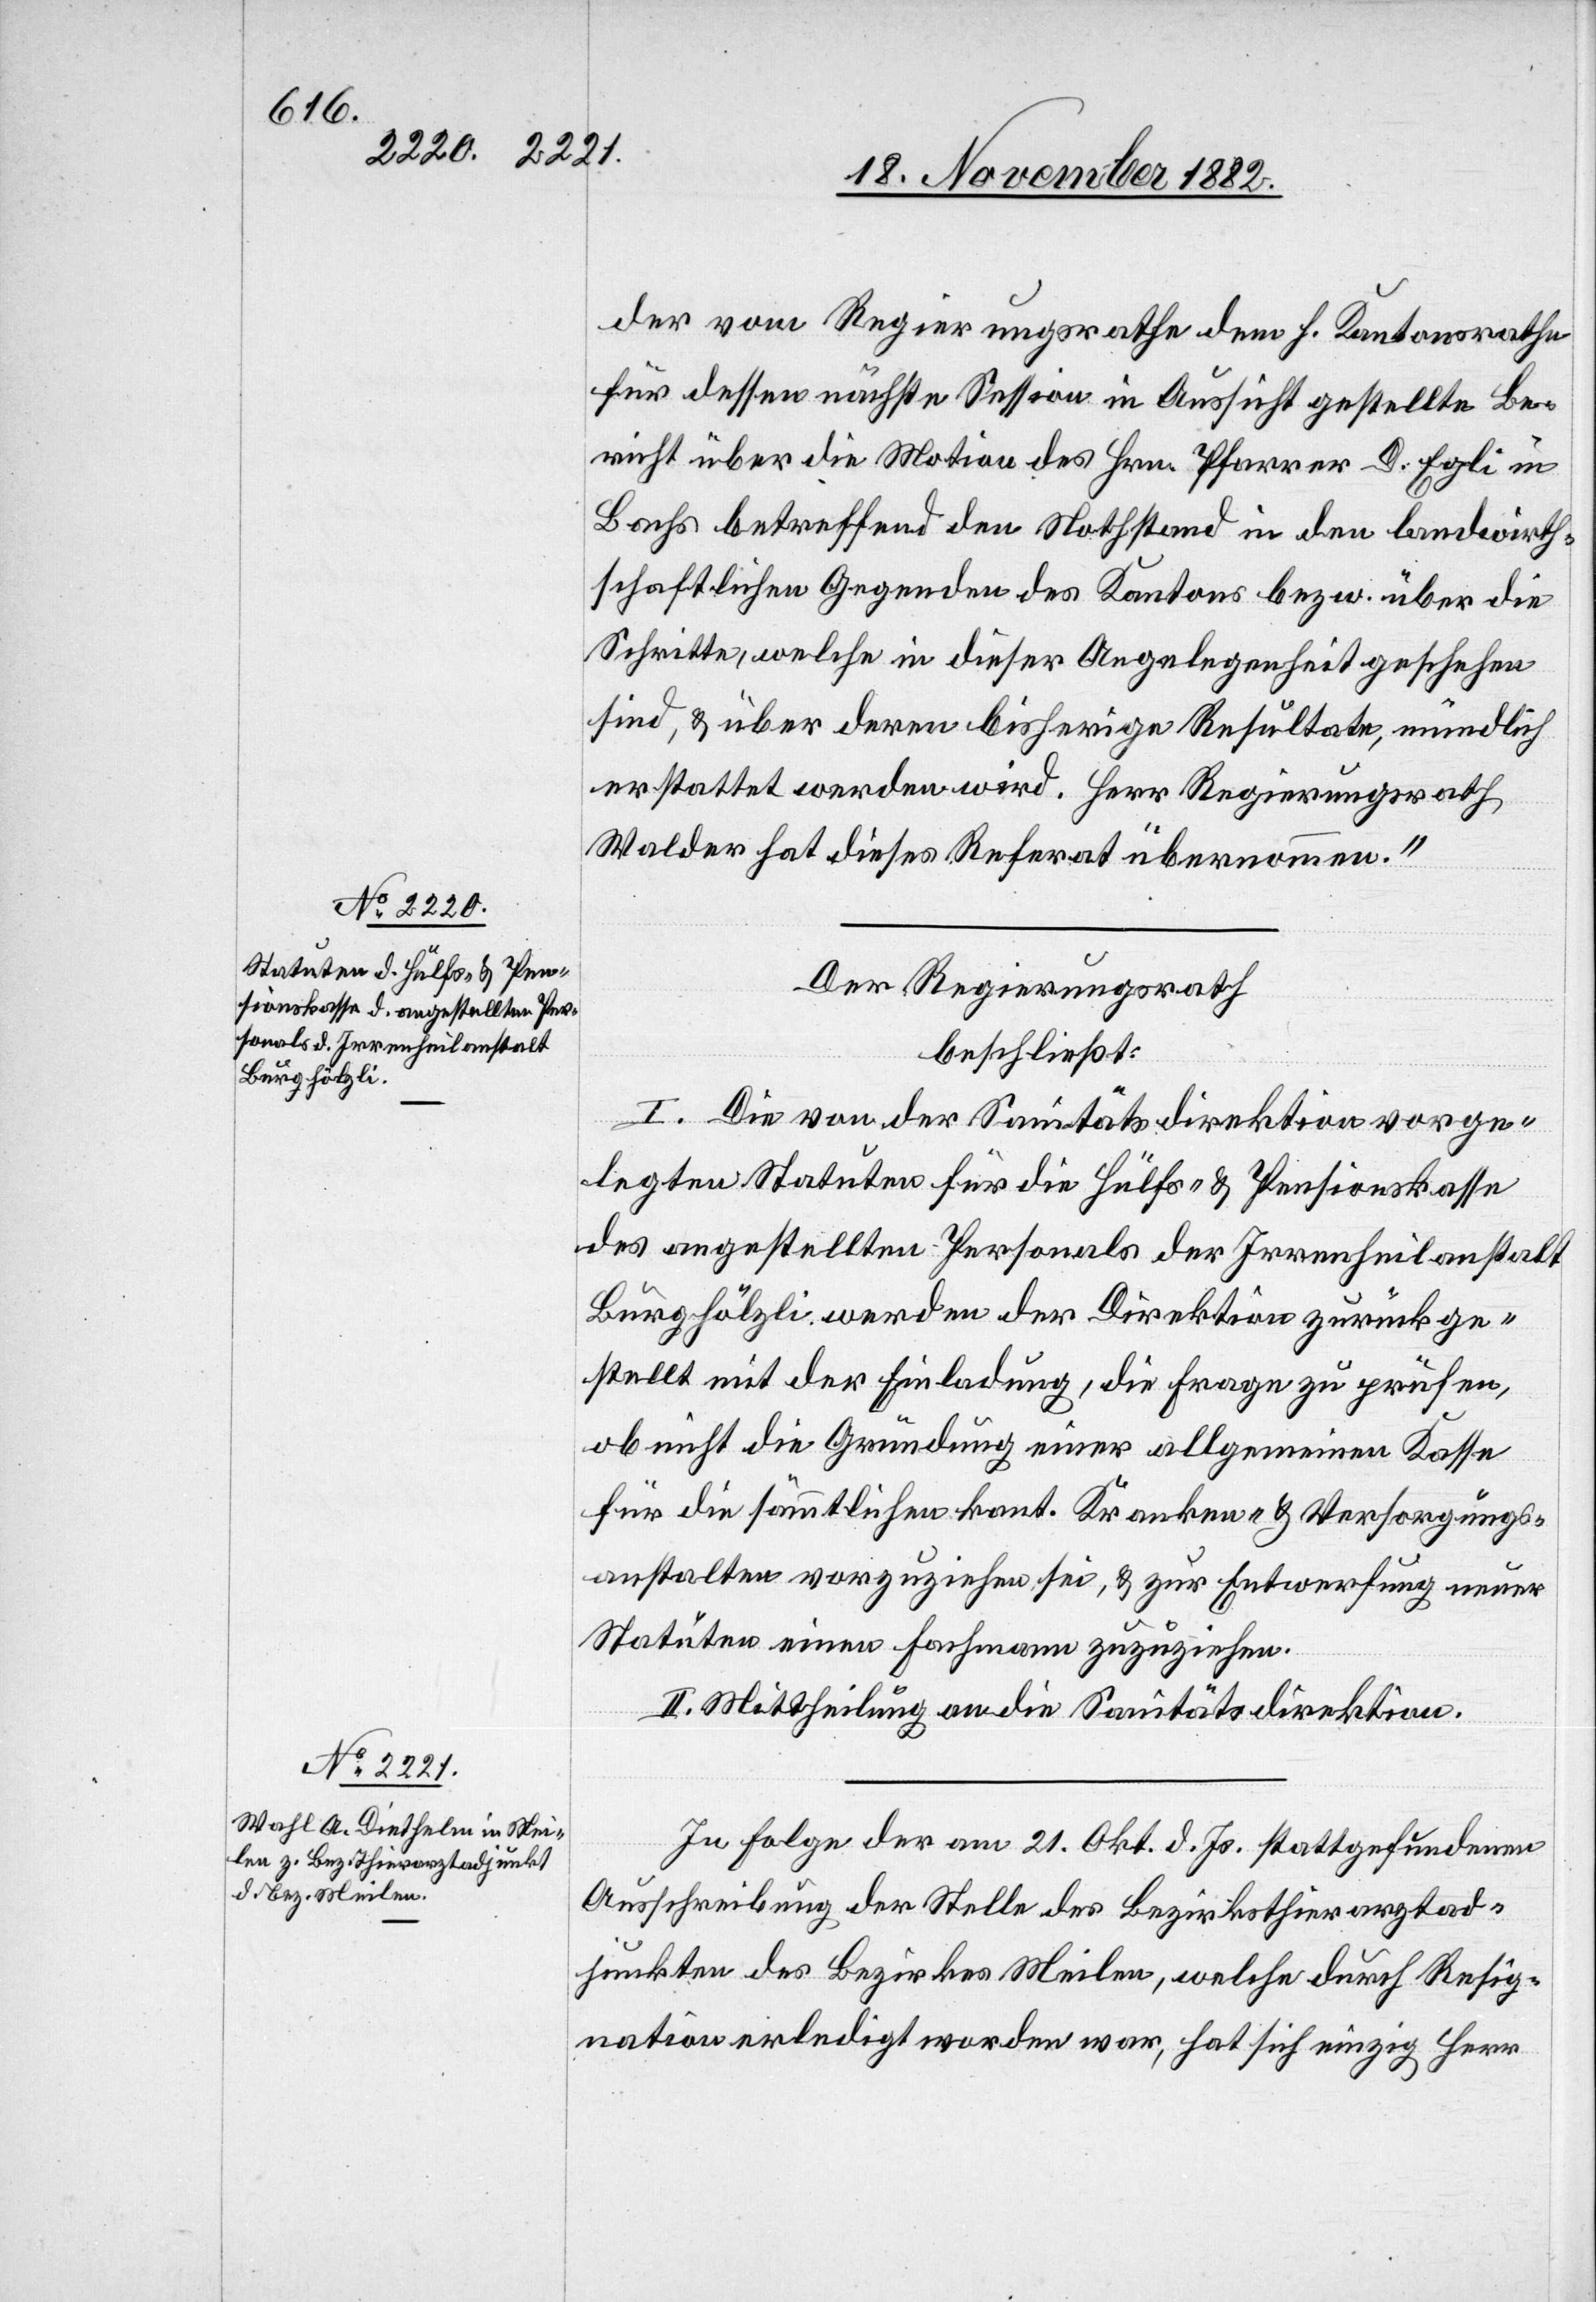
durch Resig¬

der vom Regierungsrathe dem h. Kantonsrathe
für dessen nächste Session in Aussicht gestellte Be¬
richt über die Motion des Hrn. Pfarrer D. Egli in
Bachs betreffend den Nothstand in den landwirth¬
schaftlichen Gegenden des Kantons bezw. über die
Schritte, welche in dieser Angelegenheit geschehen
sind, & über deren bisherige Resultate, mündlich
erstattet werden wird. Herr Regierungsrath
Walder hat dieses Referat übernommen.“
Der Regierungsrath,
beschließt:
I. Die von der Sanitätsdirektion vorge¬
legten Statuten für die Hülfs- & Pensionskasse
des angestellten Personals der Irrenheilanstalt
Burghölzli werden der Direktion zurückge¬
stellt mit der Einladung, die Frage zu prüfen,
ob nicht die Gründung einer allgemeinen Kasse
für die sämmtlichen kant. Kranken- & Versorgungs¬
anstalten vorzuziehen sei, & zur Entwerfung neuer
Statuten einen Fachmann zuzuziehen.
II. Mittheilung an die Sanitätsdirektion.
In Folge der am 21. Okt. d. Js. stattgefundenen
Ausschreibung der Stelle des Bezirksthierarztad¬
junkten des Bezirksthierarztadjunkten des Bezirkes Meilen,
nation erledigt worden war, hat sich einzig Herr